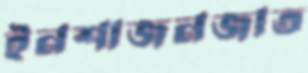
ইনশাজনজাত